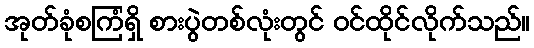
အုတ်ခုံစကြံရှိ စားပွဲတစ်လုံးတွင် ဝင်ထိုင်လိုက်သည်။